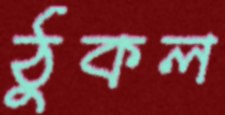
ঠুকল